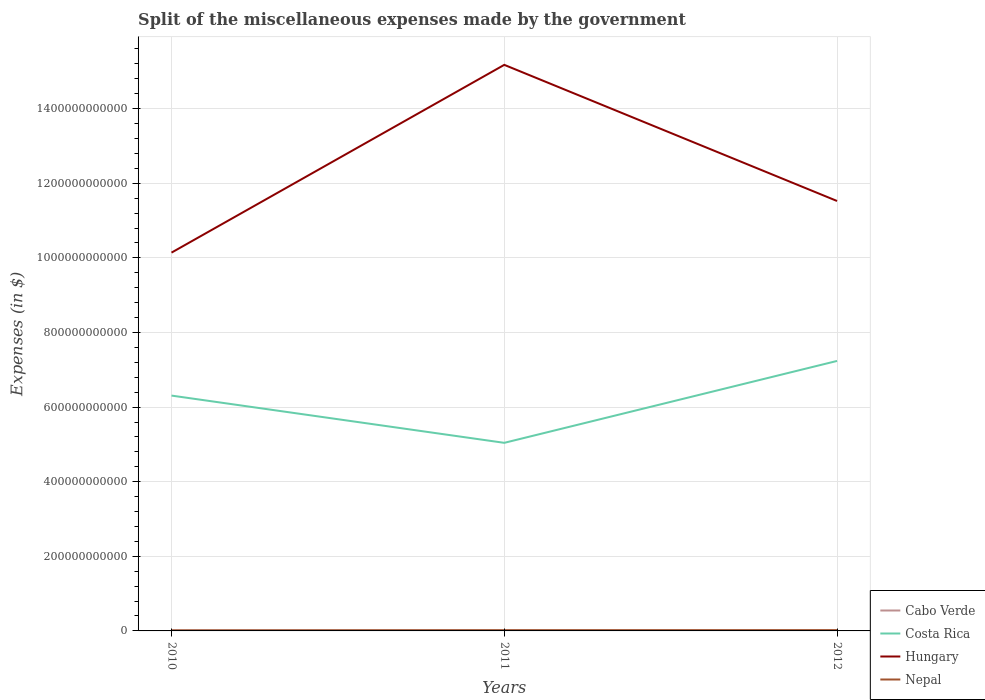
| Years | Cabo Verde | Costa Rica | Hungary | Nepal |
 | --- | --- | --- | --- | --- |
 | 2010 | 1.46e+09 | 6.31e+11 | 1.01e+12 | 1.38e+09 |
 | 2011 | 1.8e+09 | 5.04e+11 | 1.52e+12 | 1.86e+09 |
 | 2012 | 1.71e+09 | 7.24e+11 | 1.15e+12 | 2e+09 |